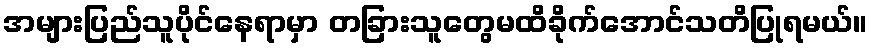
အများပြည်သူပိုင်နေရာမှာ တခြားသူတွေမထိခိုက်အောင်သတိပြုရမယ်။